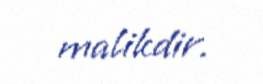
malikdir.